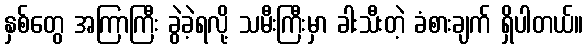
နှစ်တွေ အကြာကြီး ခွဲခဲ့ရလို့ သမီးကြီးမှာ ခါးသီးတဲ့ ခံစားချက် ရှိပါတယ်။